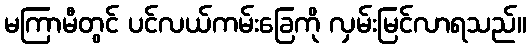
မကြာမီတွင် ပင်လယ်ကမ်းခြေကို လှမ်းမြင်လာရသည်။